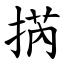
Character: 㨅